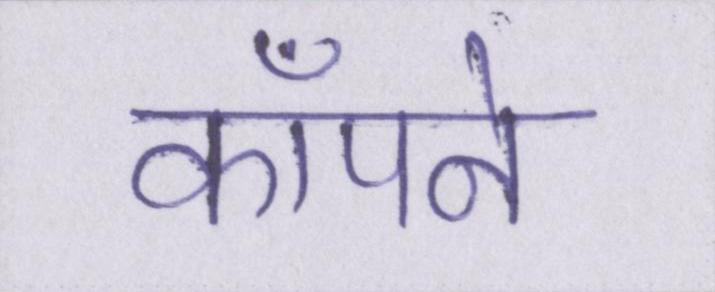
कॉँपने